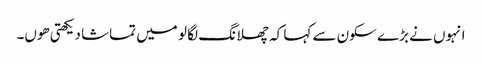
انہوں نے بڑے سکون سے کہا کہ چھلانگ لگا لو میں تماشا دیکھتی ھوں۔